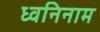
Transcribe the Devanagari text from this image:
ध्वनिनाम